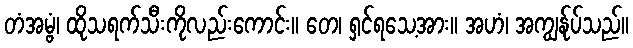
တံအမ္ဗံ၊ ထိုသရက်သီးကိုလည်းကောင်း။ တေ၊ ရှင်ရသေ့အား။ အဟံ၊ အကျွန်ုပ်သည်။